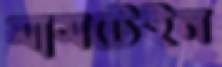
মাসটেইন